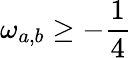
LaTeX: \omega_{a,b}\geq-\frac{1}{4}